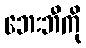
ဘေးဘီကို